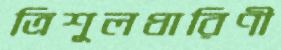
ত্রিশূলধারিণী